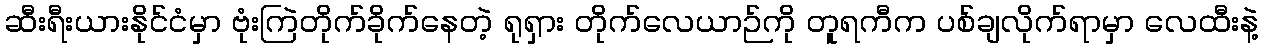
ဆီးရီးယားနိုင်ငံမှာ ဗုံးကြဲတိုက်ခိုက်နေတဲ့ ရုရှား တိုက်လေယာဉ်ကို တူရကီက ပစ်ချလိုက်ရာမှာ လေထီးနဲ့